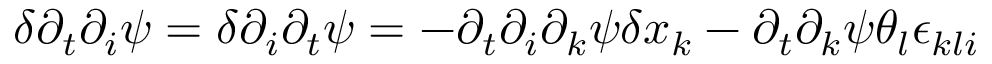
\delta \partial _ { t } \partial _ { i } \psi = \delta \partial _ { i } \partial _ { t } \psi = - \partial _ { t } \partial _ { i } \partial _ { k } \psi \delta x _ { k } - \partial _ { t } \partial _ { k } \psi \theta _ { l } \epsilon _ { k l i }